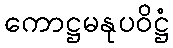
ကောဋ္ဌမနုပဝိဋ္ဌံ